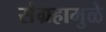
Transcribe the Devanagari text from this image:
संग्रहामुळे